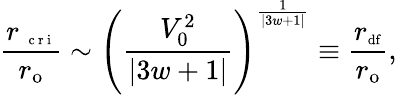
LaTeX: \frac{r_{\mathrm{~\scriptsize~c~r~i~}}}{r_{\mathrm{{o}}}}\sim\Bigg(\frac{V_{0}^{2}}{|3w+1|}\Bigg)^{\frac{1}{|3w+1|}}\equiv\frac{r_{\mathrm{{\scriptsize df}}}}{r_{\mathrm{{o}}}},